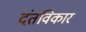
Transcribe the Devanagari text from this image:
दंतविकार